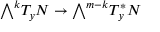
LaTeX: { \textstyle \bigwedge } ^ { k } T _ { y } N \to { \textstyle \bigwedge } ^ { m - k } T _ { y } ^ { * } N